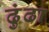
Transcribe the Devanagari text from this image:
ढुंढा